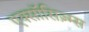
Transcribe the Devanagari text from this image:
एक्सॉसिज़्म्स